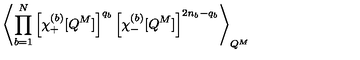
\left\langle \prod _ { b = 1 } ^ { N } \left[ \chi _ { + } ^ { ( b ) } [ Q ^ { M } ] \right] ^ { q _ { b } } \left[ \chi _ { - } ^ { ( b ) } [ Q ^ { M } ] \right] ^ { 2 n _ { b } - q _ { b } } \right\rangle _ { Q ^ { M } }